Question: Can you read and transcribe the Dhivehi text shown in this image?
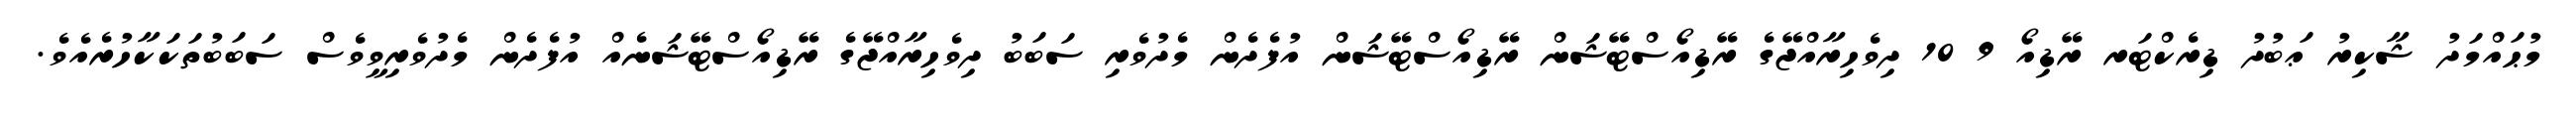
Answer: މުޙައްމަދު ޝާކިރު ޢަބުދު ޑިރެކްޓަރ ރޭޑިއޯ 9 10 ދިވެހިރާއްޖޭގެ ރޭޑިއޯސްޓޭޝަން ރޭޑިއޯސްޓޭޝަން އުފެދެން މެދުވެރި ސަބަބު ދިވެހިރާއްޖޭގެ ރޭޑިއޯސްޓޭޝަނެއް އުފެދެން މެދުވެރިވީވެސް ސަބަބުތަކަކާހުރެއެވެ.